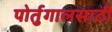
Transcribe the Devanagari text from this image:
पोर्तुगालसाठी